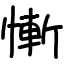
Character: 慚